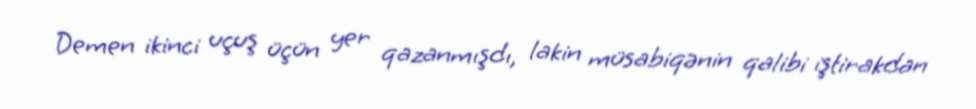
Demen ikinci uçuş üçün yer qazanmışdı, lakin müsabiqənin qalibi iştirakdan